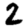
Digit: 2